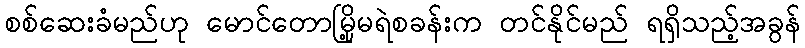
စစ်ဆေးခံမည်ဟု မောင်တောမြို့မရဲစခန်းက တင်နိုင်မည် ရရှိသည့်အခွန်